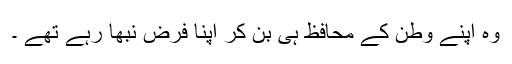
وہ اپنے وطن کے محافظ ہی بن کر اپنا فرض نبھا رہے تھے ۔